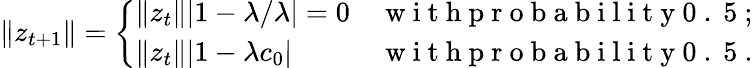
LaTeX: \| z_{t+1}\| =\left\{ \begin{array}{ll}{\| z_{t}\| |1-\lambda/\lambda|=0}&{\mathrm{~w~i~t~h~p~r~o~b~a~b~i~l~i~t~y~0~.~5~};}\\ {\| z_{t}\| |1-\lambda c_{0}|}&{\mathrm{~w~i~t~h~p~r~o~b~a~b~i~l~i~t~y~0~.~5~}.}\end{array}\right.